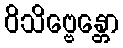
ဝိသိဗ္ဗေန္တော